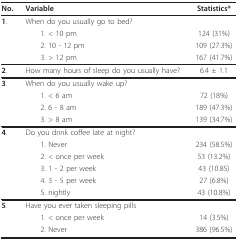
| No. | Variable | Statistics* |
 | --- | --- | --- |
 | 1. | When do you usually go to bed? |  |
 |  | 1. < 10 pm | 124 (31%) |
 |  | 2. 10 - 12 pm | 109 (27.3%) |
 |  | 3. > 12 pm | 167 (41.7%) |
 | 2. | How many hours of sleep do you usually have? | 6.4 ± 1.1 |
 | 3. | When do you usually wake up? |  |
 |  | 1. < 6 am | 72 (18%) |
 |  | 2. 6 - 8 am | 189 (47.3%) |
 |  | 3. > 8 am | 139 (34.7%) |
 | 4. | Do you drink coffee late at night? |  |
 |  | 1. Never | 234 (58.5%) |
 |  | 2. < once per week | 53 (13.2%) |
 |  | 3. 1 - 2 per week | 43 (10.85) |
 |  | 4. 3 - 5 per week | 27 (6.8%) |
 |  | 5. nightly | 43 (10.8%) |
 | 5. | Have you ever taken sleeping pills |  |
 |  | 1. < once per week | 14 (3.5%) |
 |  | 2. Never | 386 (96.5%) |